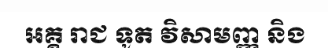
អគ្គ រាជ ទូត វិសាមញ្ញ និង